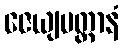
ဇေယျမတ္တာနံ